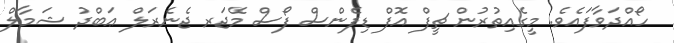
ހޯއްދަވާފައެވެ. މީގެއިތުރުން ޗީފް އޮފް ޑިފެންސް ފޯސް މޭޖަރ ޖެނެރަލް ޢަބްދު ޝަމާލް